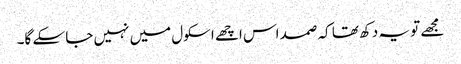
مجھے تو یہ دکھ تھا کہ صمد اس اچھے اسکول میں نہیں جا سکے گا۔